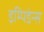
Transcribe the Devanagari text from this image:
इम्पिडेन्स